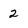
Character: 2